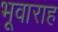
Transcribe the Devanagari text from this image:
भूवाराह